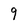
Character: 9